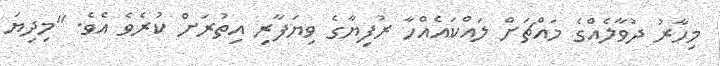
މިހާރު ދުވާލެއްގެ މައްޗަށް ލައްކައެއްހާ ރުފިޔާގެ ވިޔަފާރި އިތުރަށް ކުރެވެ އެވެ. "މިދިޔަ